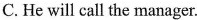
C. He will call the manager.